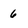
Character: 6